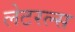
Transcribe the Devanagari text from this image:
लेटरल्स